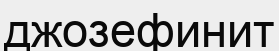
джозефинит